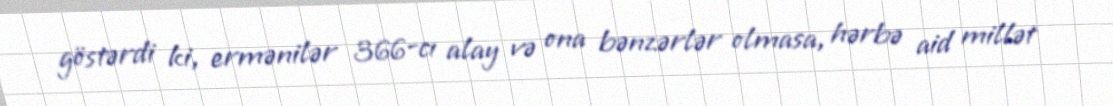
göstərdi ki, ermənilər 366-cı alay və ona bənzərlər olmasa, hərbə aid millət